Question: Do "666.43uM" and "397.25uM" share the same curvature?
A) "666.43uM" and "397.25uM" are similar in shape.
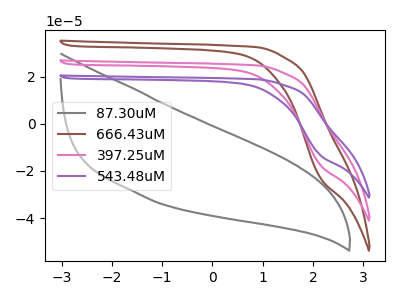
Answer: <think>The gray curve "87.30uM" has no peaks. The brown curve "666.43uM" has no peaks. The pink curve "397.25uM" has no peaks. The purple curve "543.48uM" has no peaks.
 Neither "666.43uM" or "397.25uM" have any peaks.</think>
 <answer>A) "666.43uM" and "397.25uM" are similar in shape.</answer>
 <eval>A</eval>